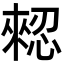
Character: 𢠗